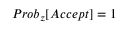
P r o b _ { z } [ A c c e p t ] = 1